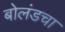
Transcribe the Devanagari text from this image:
बोलंडचा